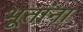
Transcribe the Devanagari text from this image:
भूतांना